Civil Veterinary Department Bihar & Orissa reports 1922-29 - 1922-1929
Year: 1922
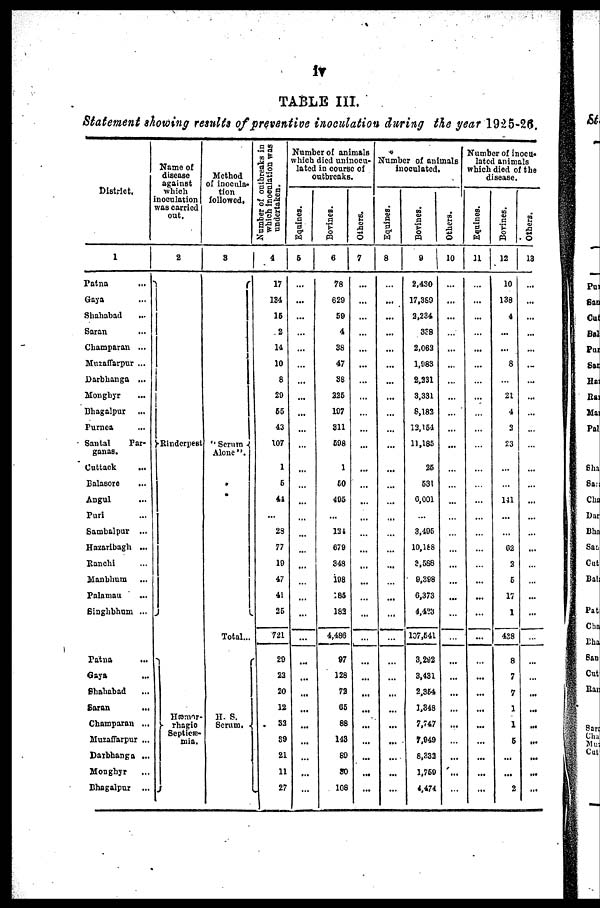
iv
TABLE III.
Statement showing results of preventive inoculation during the year 1925-28.
District.
1
Patna
...
Gaya
Shahabad
...
Saran
Champaran ...
Muzaffarpur ...
Darbhanga ...
Monghyr
Bhagalpur
Purnca
Santal
Par-
ganas.
Cuttack
Balasoro
Angul
Purl
Sambalpur ...
Hazaribagh ...
Ranchi
Manbhum
Palamou
Singhbhum ...
Patna
Gaya
Shahabad
Saran
Champaran ...
Muzaffarpur ...
Darbhanga ...
Monghyr
Bhagalpur
Name of
disease
against
which
inoculation
was carried
out.
2
Rinderpest
Hæmer-
rhagic
Septicæ-
min.
Method
of inocula-
tion
followed.
3
"Serum
Alone".
Total...
H. S.
Scrum.
Number of outbreaks in
which inoculation was
undertaken.
4
17
134
16
2
14
10
8
20
66
43
107
1
6
41
23
77
10
47
41
26
721
29
23
20
12
33
39
21
11
27
Number of animals
which died uninocu-
lated in course of
outbreaks.
Equines.
6
...
...
...
...
...
Bovines.
6
78
629
50
4
38
47
38
326
107
311
598
1
60
405
...
134
679
Others.
7
...
...
348
...
198
...
185
183
4,486
07
128
73
05
88
143
89
30
108
...
...
...
...
...
...
...
...
Number of animals
inoculated.
Equines.
8
...
...
...
...
...
...
Bovines.
9
2.430
17,389
2,234
338
2.063
1.1)83
2,331
3.331
8,183
13,154
11,185
26
531
0,001
3,495
10,188
3,588
9,398
0,373
4,4?3
107,541
3,292
3,431
2,354
1,348
7,747
7,949
8,333
1,760
4.474
Others.
10
...
...
...
...
...
...
...
...
...
...
Number of inocu-
lated animals
which died of the
disease.
Equities.
11
...
...
...
...
...
...
...
...
...
Borines.
12
10
138
4
...
8
21
4
1
3
23 |
... |
... |
02
3
6
17
1
428
8
7
7
1
1
6
...
...
2
Others.
13
...
...
...
...
...
...
...
...
...
...
...
...
...
...
...